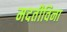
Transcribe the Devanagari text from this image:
मदतीविना